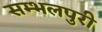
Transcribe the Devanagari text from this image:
सम्भलपुरी